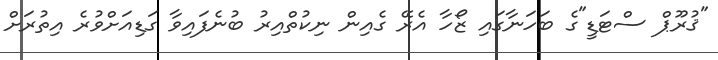
"ޤުރޫޕް ސްޓަޑީ"ގެ ބަހަނާގައި ޒޯހާ އެރޭ ގެއިން ނިކުތްއިރު ބުނެފައިވާ ގަޑިއަށްވުރެ އިތުރަށް